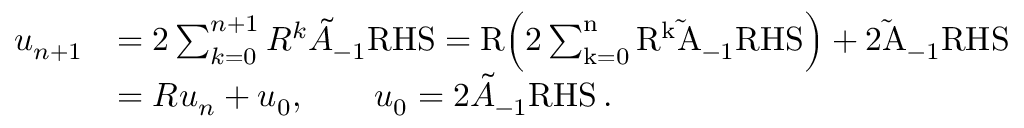
\begin{array} { r l } { u _ { n + 1 } } & { = 2 \sum _ { k = 0 } ^ { n + 1 } \cal R ^ { k } \tilde { \cal A } _ { - 1 } \mathrm { R H S } = \cal R \Big ( 2 \sum _ { k = 0 } ^ { n } \cal R ^ { k } \tilde { \cal A } _ { - 1 } \mathrm { R H S } \Big ) + 2 \tilde { \cal A } _ { - 1 } \mathrm { R H S } } \\ & { = \cal R u _ { n } + u _ { 0 } , \qquad u _ { 0 } = 2 \tilde { \cal A } _ { - 1 } \mathrm { R H S } \, . } \end{array}